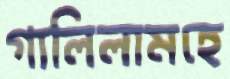
গালিলামহে